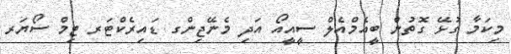
މިކަމާ ގުޅޭ ގޮތުން ބީއެމްއެލް ސީއީއޯ އަދި މެނޭޖިންގ ޑައިރެކްޓަރ ޓިމް ސޯޔަރ